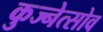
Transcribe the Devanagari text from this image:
कुज्नेत्सोव